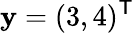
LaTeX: \mathbf{y}=(3,4)^{\mathsf{{T}}}